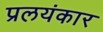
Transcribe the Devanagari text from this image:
प्रलयंकार